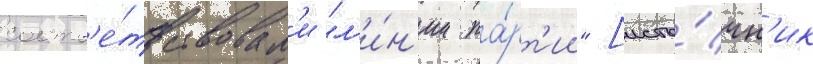
соотв'е́тствовал'и "л'и́н'ии па́рт'ии" [исто́чн'ик